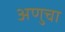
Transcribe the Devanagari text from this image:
अणुचा